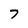
Character: 7